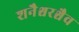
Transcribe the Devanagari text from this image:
शनैश्चरश्चैव